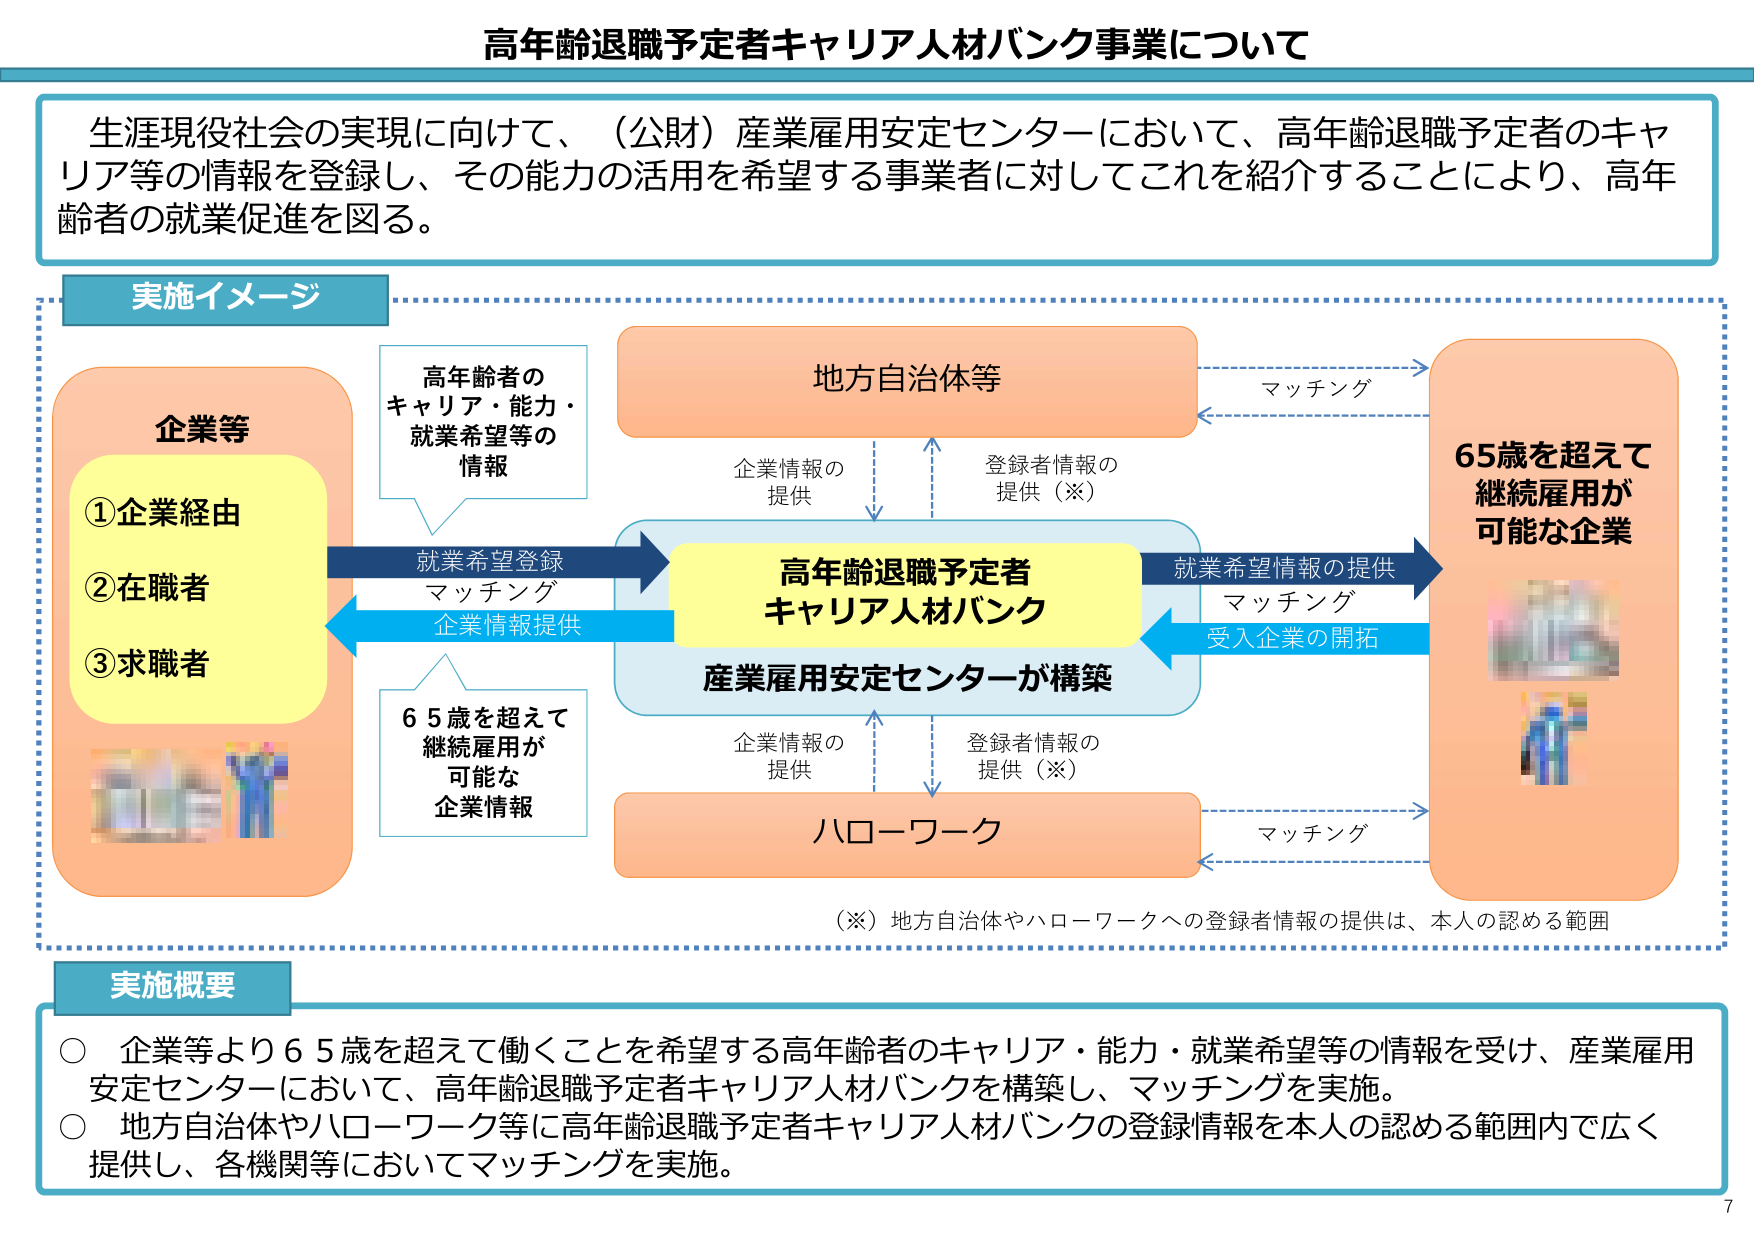
高年齢退職予定者キャリア人材バンク事業について

生涯現役社会の実現に向けて、（公財）産業雇用安定センターにおいて、高年齢退職予定者のキャリア等の情報を登録し、その能力の活用を希望する事業者に対してこれを紹介することにより、高年齢者の就業促進を図る。

実施イメージ

企業等
①企業経由
②在職者
③求職者

高年齢者の
キャリア・能力・
就業希望等の
情報

就業希望登録
マッチング
企業情報提供

高年齢退職予定者
キャリア人材バンク
産業雇用安定センターが構築

企業情報の
提供
登録者情報の
提供（※）

地方自治体等

マッチング

65歳を超えて
継続雇用が
可能な企業

就業希望情報の提供
マッチング
受入企業の開拓

65歳を超えて
継続雇用が
可能な
企業情報

企業情報の
提供
登録者情報の
提供（※）

ハローワーク

マッチング

（※）地方自治体やハローワークへの登録者情報の提供は、本人の認める範囲

実施概要

○ 企業等より65歳を超えて働くことを希望する高年齢者のキャリア・能力・就業希望等の情報を受けて、産業雇用安定センターにおいて、高年齢退職予定者キャリア人材バンクを構築し、マッチングを実施。
○ 地方自治体やハローワーク等に高年齢退職予定者キャリア人材バンクの登録情報を本人の認める範囲内で広く提供し、各機関等においてマッチングを実施。

7